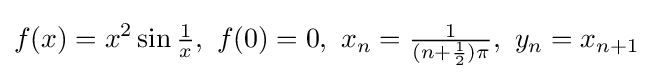
f(x)=x^{2}\sin {\tfrac {1}{x}},\ f(0)=0,~x_{n}={\tfrac {1}{(n+{\frac {1}{2}})\pi }},\ y_{n}=x_{n+1}